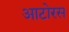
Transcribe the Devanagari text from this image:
आटोरस